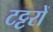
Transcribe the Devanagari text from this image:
टट्टरों